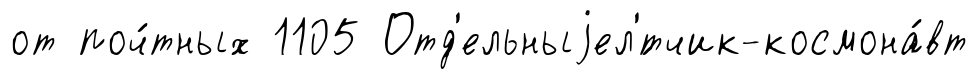
от поч́тных 1105 Отд'ельныjел'́тчик-космона́вт